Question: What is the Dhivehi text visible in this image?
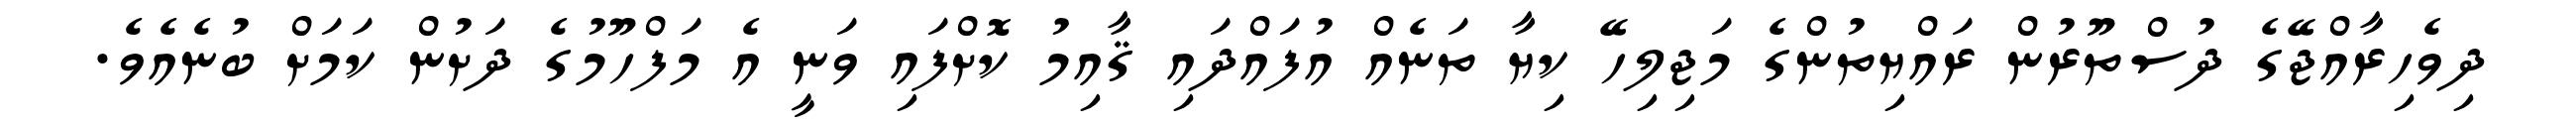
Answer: ދިވެހިރާއްޖޭގެ ދުސްތޫރުން ރައްޔިތުންގެ މަޖިލިހޭ ކިޔާ ތަނެއް އުފައްދައި ޤާއިމު ކޮށްފައި ވަނީ އެ މަފްހޫމުގެ ދަށުން ކަމަށް ބުނެއެވެ.